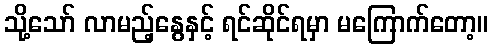
သို့သော် လာမည့်နွေနှင့် ရင်ဆိုင်ရမှာ မကြောက်တော့။